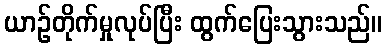
ယာဉ်တိုက်မှုလုပ်ပြီး ထွက်ပြေးသွားသည်။